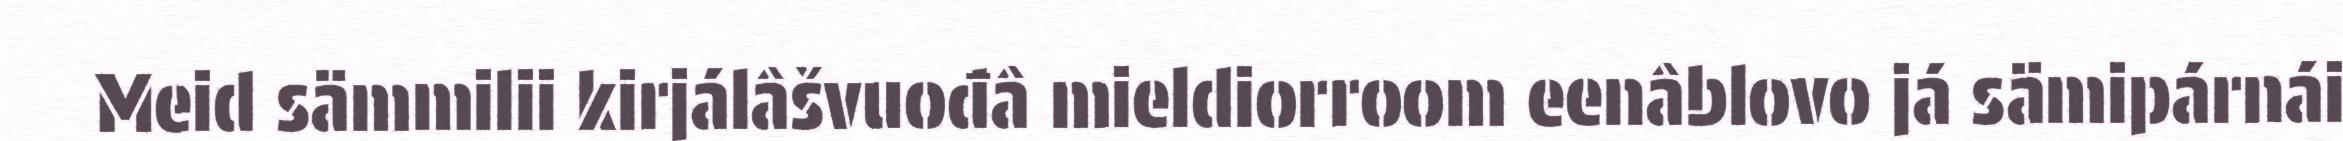
Meid sämmilii kirjálâšvuođâ mieldiorroom eenâblovo já sämipárnái